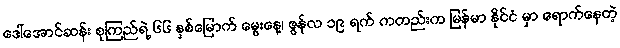
ဒေါ်အောင်ဆန်း စုကြည်ရဲ့ ၆၆ နှစ်မြောက် မွေးနေ့၊ ဇွန်လ ၁၉ ရက် ကတည်းက မြန်မာ နိုင်ငံ မှာ ရောက်နေတဲ့